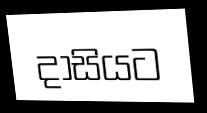
දාසියට